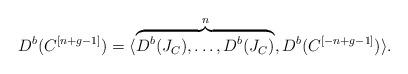
LaTeX: \begin{align*}D^b(C^{[n+g-1]})=\langle \overbrace{D^b(J_C), \ldots, D^b(J_C)}^{n}, D^b(C^{[-n+g-1]}) \rangle. \end{align*}